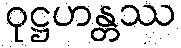
ဝုဋ္ဌဟန္တဿ